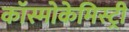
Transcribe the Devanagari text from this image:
कॉस्मोकेमिस्ट्री